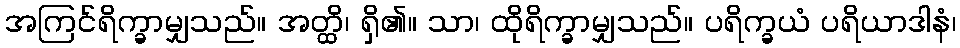
အကြင်ရိက္ခာမျှသည်။ အတ္ထိ၊ ရှိ၏။ သာ၊ ထိုရိက္ခာမျှသည်။ ပရိက္ခယံ ပရိယာဒါနံ၊